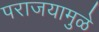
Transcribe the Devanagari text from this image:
पराजयामुळे